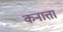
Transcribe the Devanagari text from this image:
कनात्ता